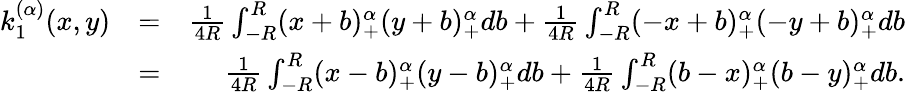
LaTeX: \begin{array}{rlr}{k_{1}^{(\alpha)}(x,y)}&{=}&{\frac{1}{4R}\int_{-R}^{R}(x+b)_{+}^{\alpha}(y+b)_{+}^{\alpha}db+\frac{1}{4R}\int_{-R}^{R}(-x+b)_{+}^{\alpha}(-y+b)_{+}^{\alpha}db}\\ &{=}&{\frac{1}{4R}\int_{-R}^{R}(x-b)_{+}^{\alpha}(y-b)_{+}^{\alpha}db+\frac{1}{4R}\int_{-R}^{R}(b-x)_{+}^{\alpha}(b-y)_{+}^{\alpha}db.}\end{array}